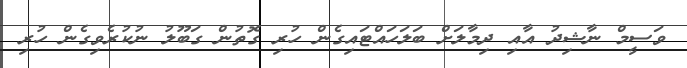
ވަސީމް ނާޝިދު އާއި ދިމާލަށް ބަލަހައްޓައިގެން ހުރި ގޮތުން ގަބޫލު ނުކުރެވިގެން ހުރި